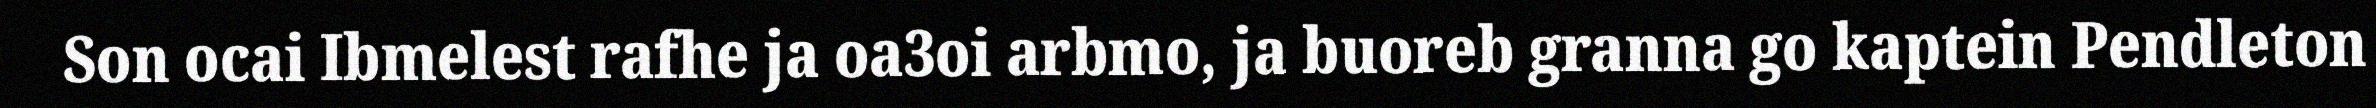
Son ocai Ibmelest rafhe ja oa3oi arbmo, ja buoreb granna go kaptein Pendleton